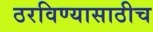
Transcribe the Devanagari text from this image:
ठरविण्यासाठीच